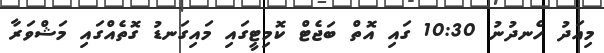
މިއަދު ހެނދުނު 10:30 ގައި އޮތް ބަޖެޓް ކޮމިޓީގައި މައިގަނޑު ގޮތެއްގައި މަޝްވަރާ